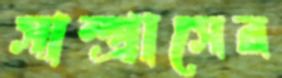
সাম্প্রাসের